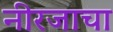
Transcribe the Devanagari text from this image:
नीरजाचा